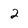
Character: 2